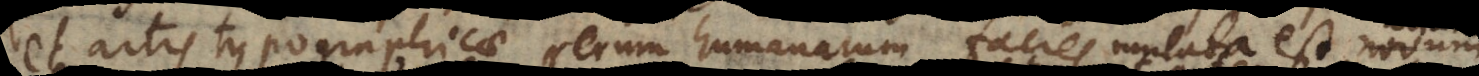
et artis typographicae rerum humanarum facies mutata est, novum